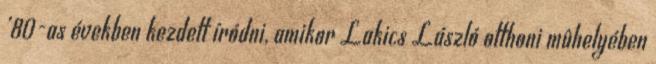
’80-as években kezdett íródni, amikor Lakics László otthoni mûhelyében